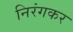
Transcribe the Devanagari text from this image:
निरंगकर